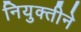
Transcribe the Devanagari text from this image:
नियुक्तीने